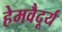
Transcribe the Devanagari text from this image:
हेमवैदूर्य